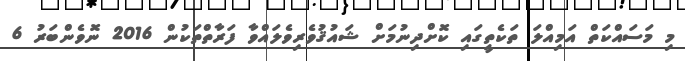
މި މަސައްކަތް އަމިއްލަ ތަކެތީގައި ކޮށްދިނުމަށް ޝައުޤުވެރިވެލައްވާ ފަރާތްތަކުން 2016 ނޮވެންބަރު 6